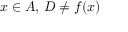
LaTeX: x \in A , \, D \neq f ( x )